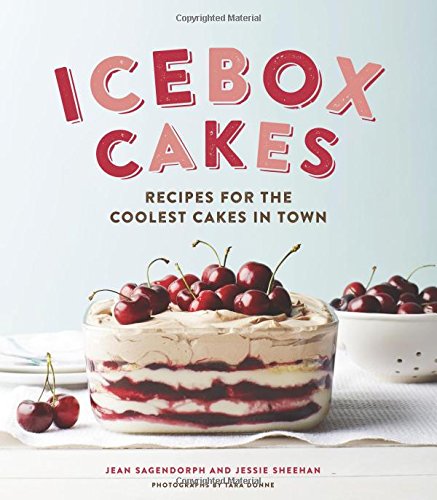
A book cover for Icebox Cakes: Recipes for the Coolest Cakes in Town; Jean Sagendorph; Cookbooks, Food & Wine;